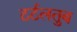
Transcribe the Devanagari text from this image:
टर्टलतुब